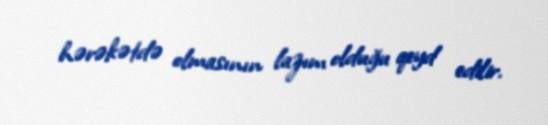
hərəkətdə olmasının lazım olduğu qeyd edilir.